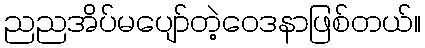
ညညအိပ်မပျော်တဲ့ဝေဒနာဖြစ်တယ်။